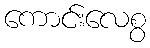
ကောင်းလေစွ